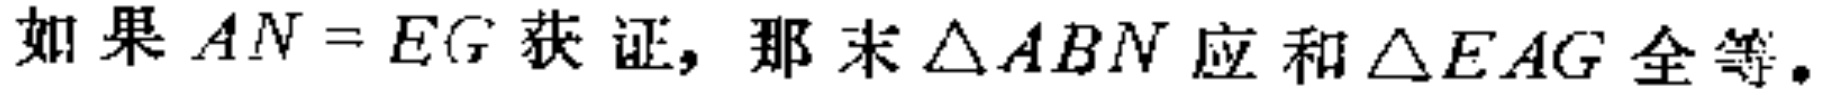
如果 \(AN = EG\) 获证，那末 \(\triangle ABN\) 应和 \(\triangle EAG\) 全等。